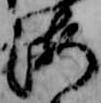
海